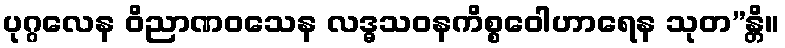
ပုဂ္ဂလေန ဝိညာဏဝသေန လဒ္ဓသဝနကိစ္စဝေါဟာရေန သုတ”န္တိ။